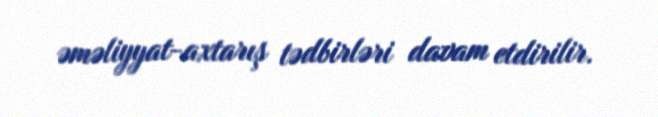
əməliyyat-axtarış tədbirləri davam etdirilir.